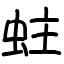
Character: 蛀